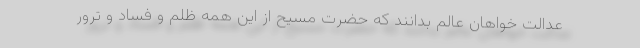
عدالت خواهان عالم بدانند که حضرت مسیح از این همه ظلم و فساد و ترور